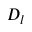
D _ { l }